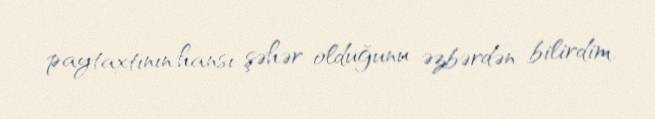
paytaxtının hansı şəhər olduğunu əzbərdən bilirdim.